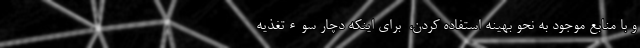
و با منابع موجود به نحو بهینه استفاده کردن، ‌ برای اینکه دچار سوءتغذیه